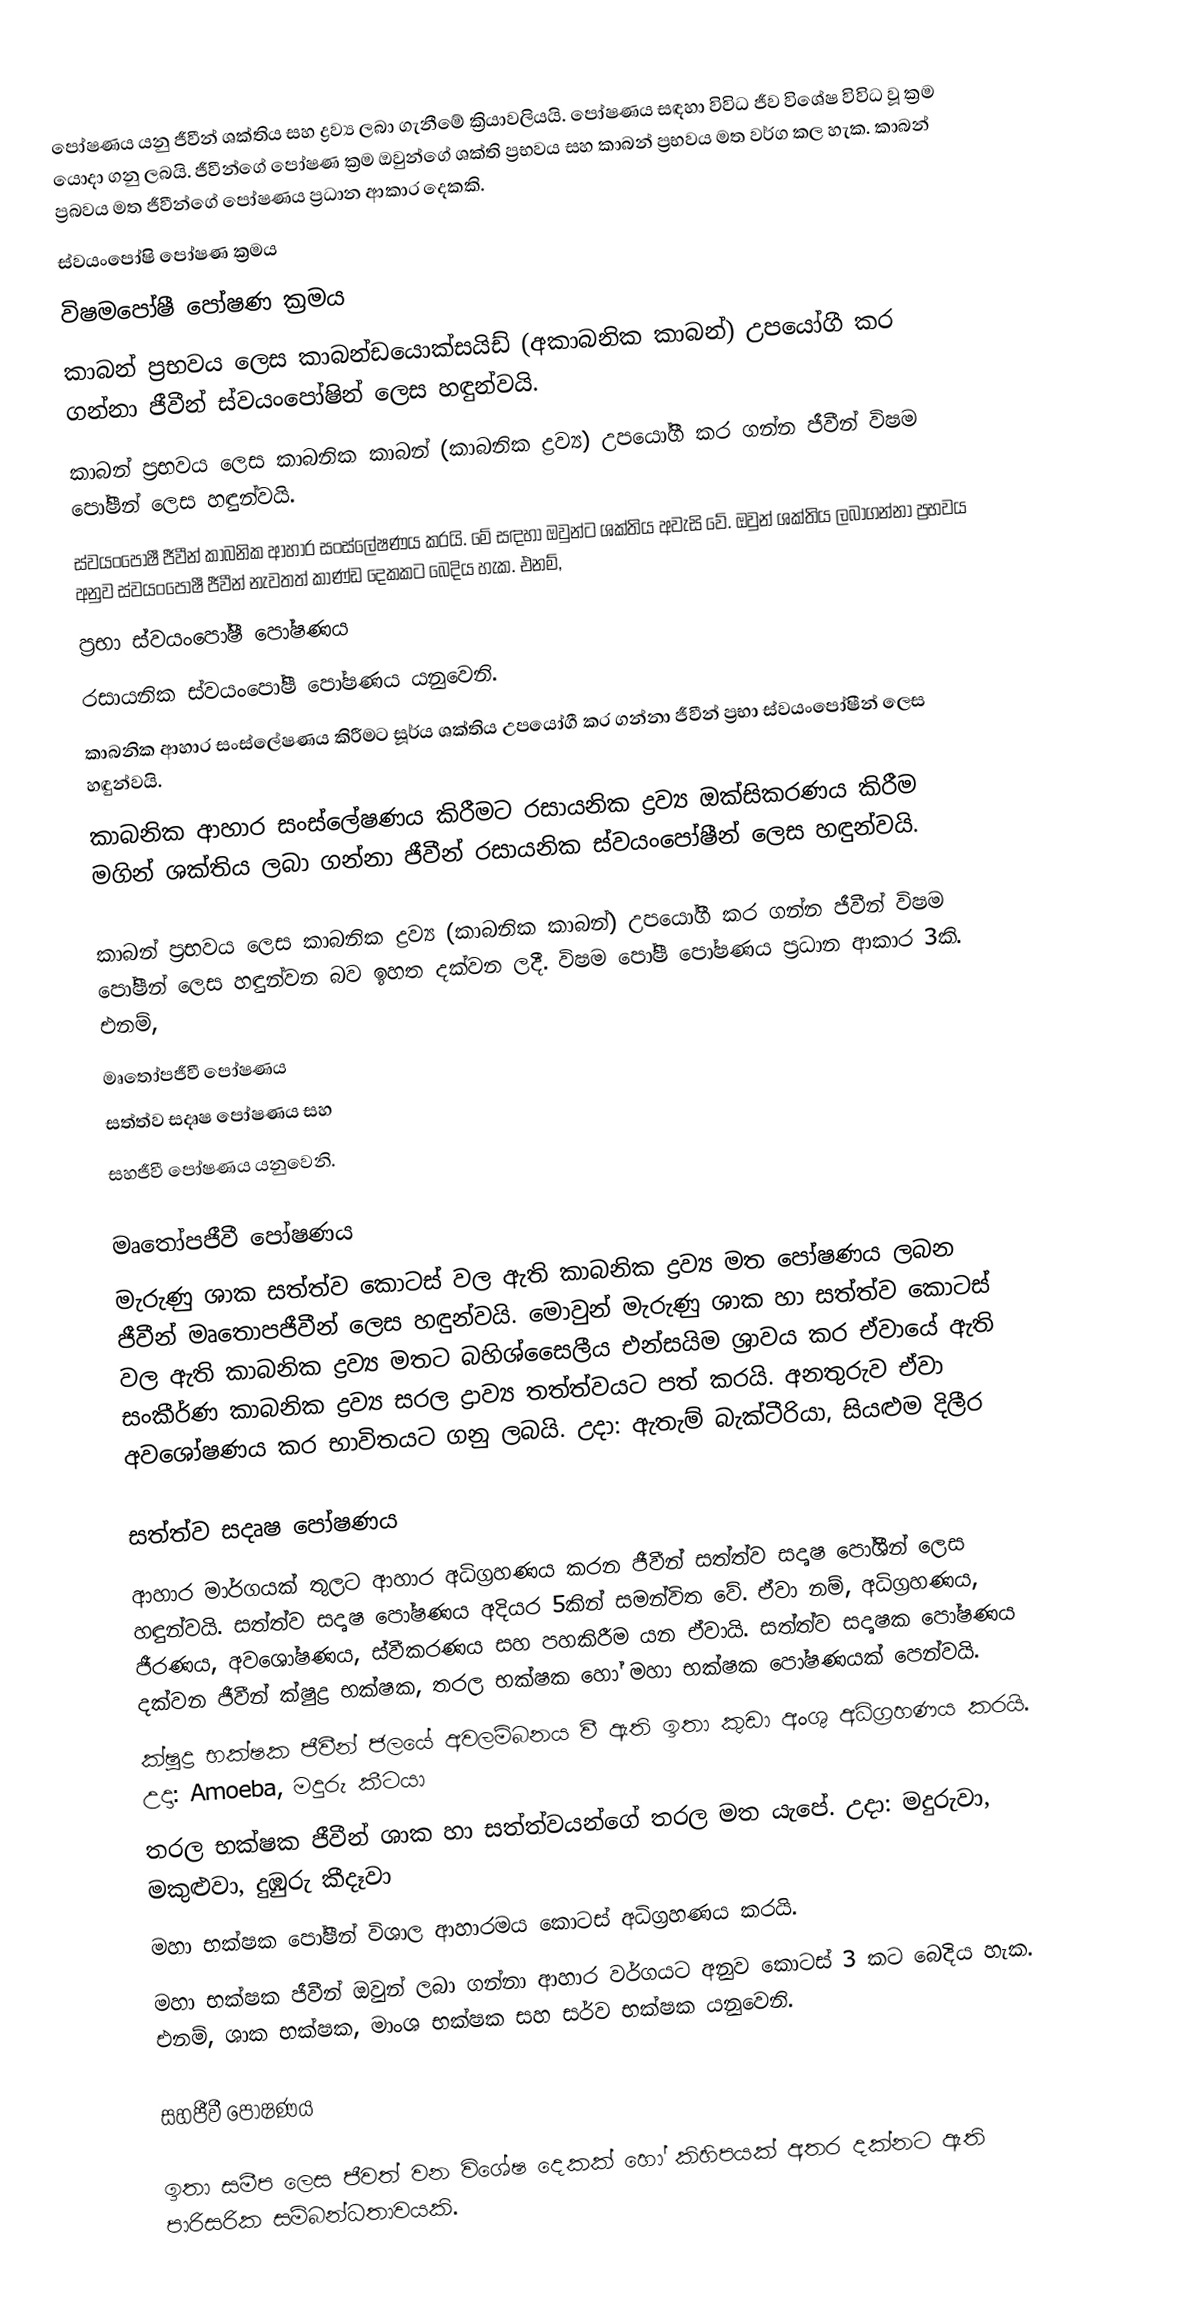
පෝෂණය යනු ජීවීන් ශක්තිය සහ ද්‍රව්‍ය ලබා ගැනීමේ ක්‍රියාවලියයි. පෝෂණය සඳහා විවිධ ජීව විශේෂ විවිධ වූ ක්‍රම යොදා ගනු ලබයි. ජීවීන්ගේ පෝෂණ ක්‍රම ඔවුන්ගේ ශක්ති ප්‍රභවය සහ කාබන් ප්‍රභවය මත වර්ග කල හැක. කාබන් ප්‍රබවය මත ජීවීන්ගේ පෝෂණය ප්‍රධාන ආකාර දෙකකි.
ස්වයංපෝෂි පෝෂණ ක්‍රමය
විෂමපෝෂී පෝෂණ ක්‍රමය
කාබන් ප්‍රභවය ලෙස කාබන්ඩයොක්සයිඩ් (අකාබනික කාබන්) උපයෝගී කර ගන්නා ජීවීන් ස්වයංපෝෂින් ලෙස හඳුන්වයි.
කාබන් ප්‍රභවය ලෙස කාබනික කාබන් (කාබනික ද්‍රව්‍ය) උපයෝගී කර ගන්න ජීවීන් විෂම පෝෂීන් ලෙස හඳුන්වයි.
ස්වයංපෝෂී ජීවීන් කාබනික ආහාර සංස්ලේෂණය කරයි. මේ සඳහා ඔවුන්ට ශක්තිය අවැසි වේ. ඔවුන් ශක්තිය ලබාගන්නා ප්‍රභවය අනුව ස්වයංපෝෂී ජීවීන් නැවතත් කාණ්ඩ දෙකකට බෙදිය හැක. එනම්,
ප්‍රභා ස්වයංපෝෂී පෝෂණය
රසායනික ස්වයංපෝෂී පෝෂණය යනුවෙනි.
කාබනික ආහාර සංස්ලේෂණය කිරීමට සූර්ය ශක්තිය උපයෝගී කර ගන්නා ජීවීන් ප්‍රභා ස්වයංපෝෂීන් ලෙස හඳුන්වයි.
කාබනික ආහාර සංස්ලේෂණය කිරීමට රසායනික ද්‍රව්‍ය ඔක්සිකරණය කිරීම මගින් ශක්තිය ලබා ගන්නා ජීවීන් රසායනික ස්වයංපෝෂීන් ලෙස හඳුන්වයි.

කාබන් ප්‍රභවය ලෙස කාබනික ද්‍රව්‍ය (කාබනික කාබන්) උපයෝගී කර ගන්න ජීවීන් විෂම පෝෂීන් ලෙස හඳුන්වන බව ඉහත දක්වන ලදී. විෂම පෝෂී පෝෂණය ප්‍රධාන ආකාර 3කි. එනම්,
මෘතෝපජීවී පෝෂණය
සත්ත්ව සදෘෂ පෝෂණය සහ
සහජීවී පෝෂණය යනුවෙනි.

මෘතෝපජීවී පෝෂණය
මැරුණු ශාක සත්ත්ව කොටස් වල ඇති කාබනික ද්‍රව්‍ය මත පෝෂණය ලබන ජීවීන් මෘතොපජීවීන් ලෙස හඳුන්වයි. මොවුන් මැරුණු ශාක හා සත්ත්ව කොටස් වල ඇති කාබනික ද්‍රව්‍ය මතට බහිශ්සෛලීය එන්සයිම ශ්‍රාවය කර ඒවායේ ඇති සංකීර්ණ කාබනික ද්‍රව්‍ය සරල ද්‍රාව්‍ය තත්ත්වයට පත් කරයි. අනතුරුව ඒවා අවශෝෂණය කර භාවිතයට ගනු ලබයි. උදා: ඇතැම් බැක්ටීරියා, සියළුම දිලීර

සත්ත්ව සදෘෂ පෝෂණය
ආහාර මාර්ගයක් තුලට ආහාර අධිග්‍රහණය කරන ජීවීන් සත්ත්ව සදෘෂ පෝශීන් ලෙස හඳුන්වයි. සත්ත්ව සදෘෂ පෝෂණය අදියර 5කින් සමන්විත වේ. ඒවා නම්, අධිග්‍රහණය, ජීරණය, අවශෝෂණය, ස්වීකරණය සහ පහකිරීම යන ඒවායි. සත්ත්ව සදෘෂක පෝෂණය දක්වන ජීවීන් ක්ෂුද්‍ර භක්ෂක, තරල භක්ෂක හෝ මහා භක්ෂක පෝෂණයක් පෙන්වයි.
ක්ෂුද්‍ර භක්ෂක ජීවීන් ජලයේ අවලම්බනය වී ඇති ඉතා කුඩා අංශු අධිග්‍රහණය කරයි. උදා: Amoeba, මදුරු කීටයා
තරල භක්ෂක ජීවීන් ශාක හා සත්ත්වයන්ගේ තරල මත යැපේ. උදා: මදුරුවා, මකුළුවා, දුඹුරු කීදෑවා
මහා භක්ෂක පෝෂීන් විශාල ආහාරමය කොටස් අධිග්‍රහණය කරයි.
මහා භක්ෂක ජීවීන් ඔවුන් ලබා ගන්නා ආහාර වර්ගයට අනුව කොටස් 3 කට බෙදිය හැක. එනම්, ශාක භක්ෂක, මාංශ භක්ෂක සහ සර්ව භක්ෂක යනුවෙනි.

සහජීවී පෝෂණය

ඉතා සමීප ලෙස ජීවත් වන විශේෂ දෙකක් හෝ කිහිපයක් අතර දක්නට ඇති පාරිසරික සම්බන්ධතාවයකි.